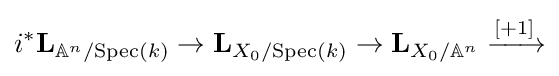
i^{*}\mathbf {L} _{\mathbb {A} ^{n}/{\text{Spec}}(k)}\to \mathbf {L} _{X_{0}/{\text{Spec}}(k)}\to \mathbf {L} _{X_{0}/\mathbb {A} ^{n}}\xrightarrow {[+1]}